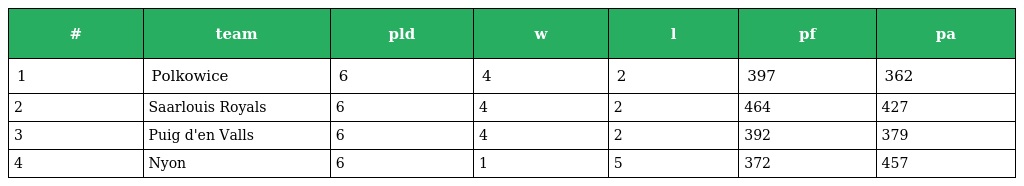
| # | team | pld | w | l | pf | pa |
 | --- | --- | --- | --- | --- | --- | --- |
 | 1 | Polkowice | 6 | 4 | 2 | 397 | 362 |
 | 2 | Saarlouis Royals | 6 | 4 | 2 | 464 | 427 |
 | 3 | Puig d'en Valls | 6 | 4 | 2 | 392 | 379 |
 | 4 | Nyon | 6 | 1 | 5 | 372 | 457 |